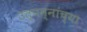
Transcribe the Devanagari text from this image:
उत्पन्नांच्या